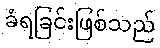
ခံရခြင်းဖြစ်သည်